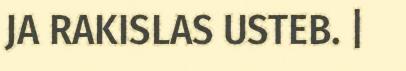
JA RAKISLAS USTEB. |